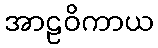
အာဠဝိကာယ